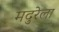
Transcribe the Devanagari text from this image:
मदुरेला